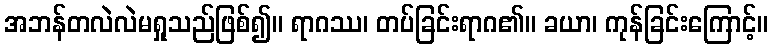
အဘန်တလဲလဲမရှုသည်ဖြစ်၍။ ရာဂဿ၊ တပ်ခြင်းရာဂ၏။ ခယာ၊ ကုန်ခြင်းကြောင့်။